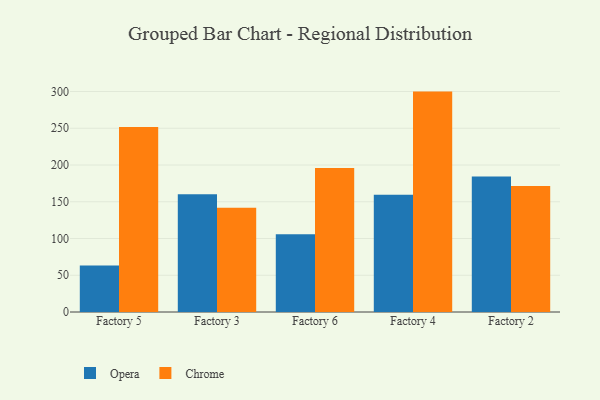
{"axis": {"x": "Factory", "y": "Market Share (%)"}, "legend": ["Chrome", "Opera"], "data": [{"x": "Factory 5", "y": 63.3, "type": "Opera"}, {"x": "Factory 5", "y": 251.8, "type": "Chrome"}, {"x": "Factory 3", "y": 160.3, "type": "Opera"}, {"x": "Factory 3", "y": 142.0, "type": "Chrome"}, {"x": "Factory 6", "y": 105.9, "type": "Opera"}, {"x": "Factory 6", "y": 195.9, "type": "Chrome"}, {"x": "Factory 4", "y": 159.7, "type": "Opera"}, {"x": "Factory 4", "y": 299.9, "type": "Chrome"}, {"x": "Factory 2", "y": 184.3, "type": "Opera"}, {"x": "Factory 2", "y": 171.3, "type": "Chrome"}]}